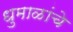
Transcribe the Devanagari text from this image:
धुमाळांचे